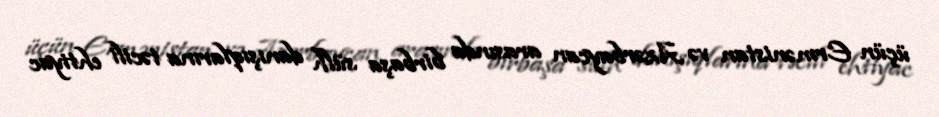
üçün Ermənistan və Azərbaycan arasında birbaşa sülh danışıqlarına təcili ehtiyac